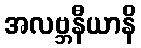
အလဗ္ဘနီယာနိ